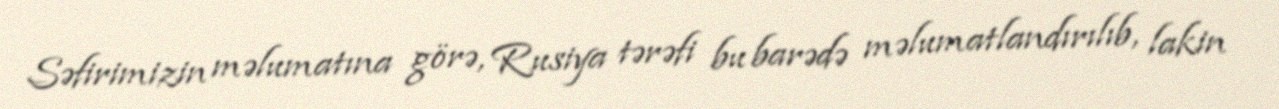
Səfirimizin məlumatına görə, Rusiya tərəfi bu barədə məlumatlandırılıb, lakin